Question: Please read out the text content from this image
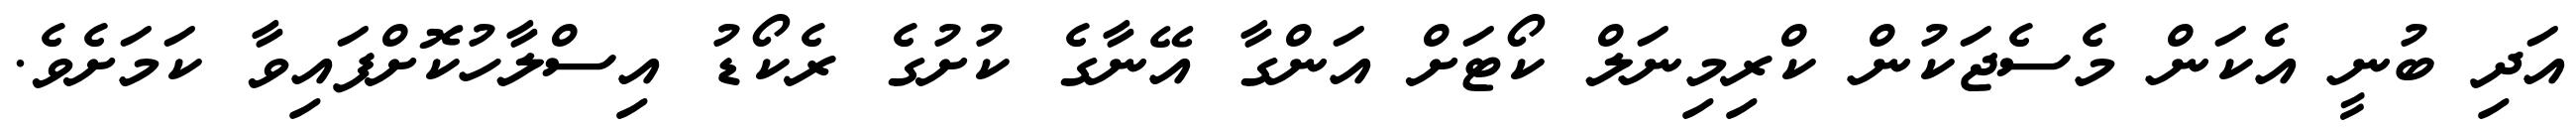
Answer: އަދި ބުނީ އެކަން މެސެޖަކުން ކްރިމިނަލް ކޯޓަށް އަންގާ އޭނާގެ ކުށުގެ ރެކޯޑު އިސްލާހުކޮށްފައިވާ ކަމަށެވެ.